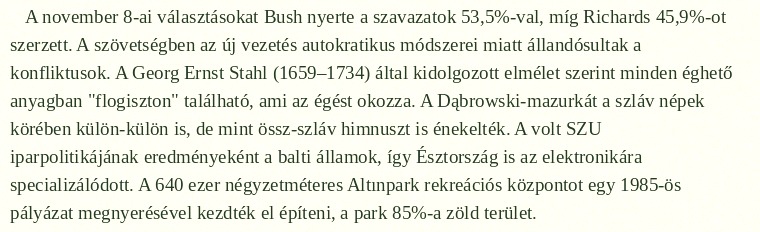
A november 8-ai választásokat Bush nyerte a szavazatok 53,5%-val, míg Richards 45,9%-ot szerzett. A szövetségben az új vezetés autokratikus módszerei miatt állandósultak a konfliktusok. A Georg Ernst Stahl (1659–1734) által kidolgozott elmélet szerint minden éghető anyagban "flogiszton" található, ami az égést okozza. A Dąbrowski-mazurkát a szláv népek körében külön-külön is, de mint össz-szláv himnuszt is énekelték. A volt SZU iparpolitikájának eredményeként a balti államok, így Észtország is az elektronikára specializálódott. A 640 ezer négyzetméteres Altınpark rekreációs központot egy 1985-ös pályázat megnyerésével kezdték el építeni, a park 85%-a zöld terület.